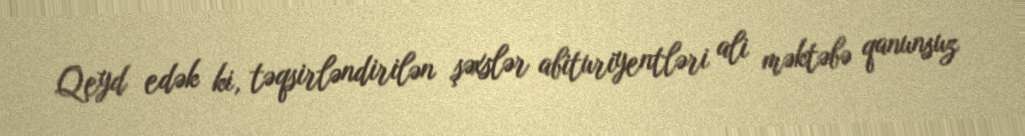
Qeyd edək ki, təqsirləndirilən şəxslər abituriyentləri ali məktəbə qanunsuz